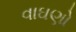
વાઘણો